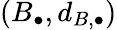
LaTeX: (B_{\bullet},d_{B,\bullet})